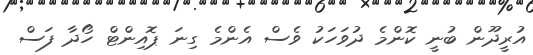
އުރީދޫން ބުނީ ކޮންމެ ދުވަހަކު ވެސް އެންމެ ގިނަ ޕޮއިންޓް ހޯދާ ފަސް